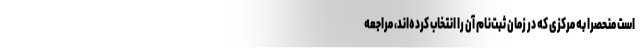
است منحصراً به مرکزی که در زمان ثبت‌نام آن را انتخاب کرده‌اند، مراجعه